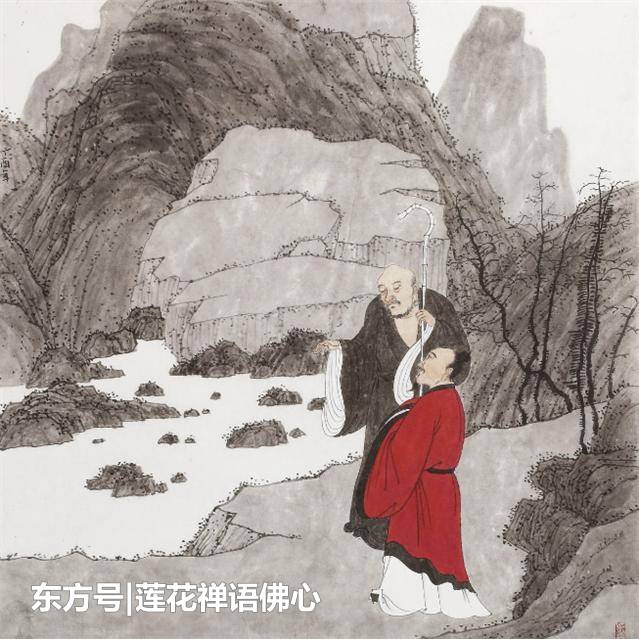
其持之有故，其言之成理。